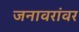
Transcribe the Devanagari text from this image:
जनावरांवर